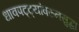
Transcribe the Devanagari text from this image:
धावपट्ट्यांवरुनसुद्धा